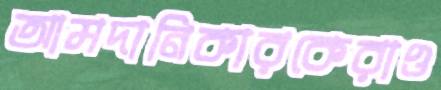
আমদানিকারকেরাও